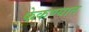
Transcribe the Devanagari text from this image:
फेकण्यात